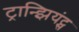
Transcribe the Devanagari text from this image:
ट्रान्झियंट्स